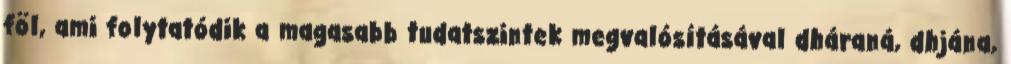
föl, ami folytatódik a magasabb tudatszintek megvalósításával dháraná, dhjána,